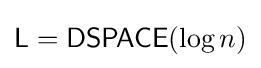
{\mathsf {L}}={\mathsf {DSPACE}}(\log n)